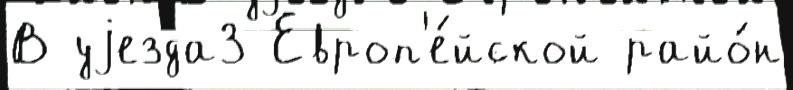
В уjезда3 Европ'е́йской райо́н